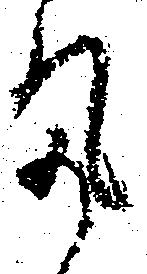
気